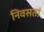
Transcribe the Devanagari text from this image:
निवसतां